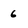
Character: 6